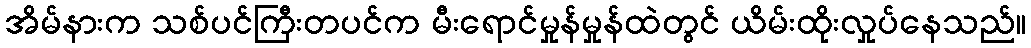
အိမ်နားက သစ်ပင်ကြီးတပင်က မီးရောင်မှုန်မှုန်ထဲတွင် ယိမ်းထိုးလှုပ်နေသည်။